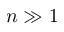
n \gg 1